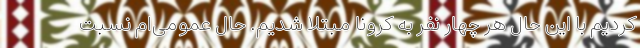
کردیم با این حال هر چهار نفر به کرونا مبتلا شدیم. حال عمومی‌ام نسبت